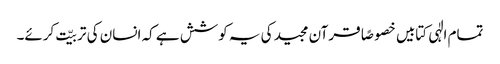
تمام الٰہی کتابیں خصوصًا قرآن مجید کی یہ کوشش ہے کہ انسان کی تربیّت کرئے۔